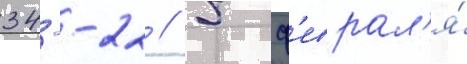
34--22 // 5 ф'еврал'я́